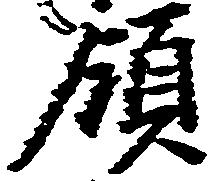
領